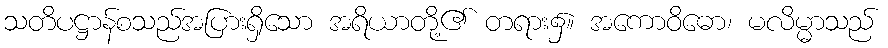
သတိပဋ္ဌာန်စသည်အပြားရှိသော အရိယာတို့၏ တရား၌။ အကောဝိဓော၊ မလိမ္မာသည်